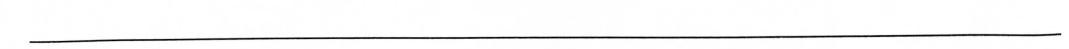
___